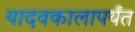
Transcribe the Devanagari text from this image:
यादवकालापर्यंत